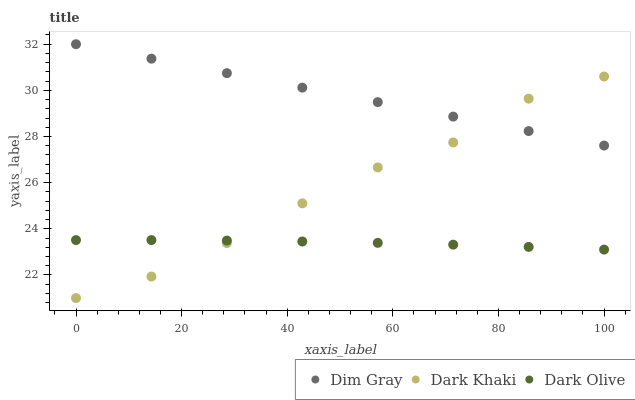
| xaxis_label | Dim Gray | Dark Khaki | Dark Olive |
 | --- | --- | --- | --- |
 | 0 | 32 | 21 | 23.5 |
 | 14.3 | 31.4 | 21.9 | 23.5 |
 | 28.6 | 30.7 | 23.4 | 23.5 |
 | 42.9 | 30.1 | 25.1 | 23.5 |
 | 57.1 | 29.5 | 26.7 | 23.4 |
 | 71.4 | 28.9 | 27.7 | 23.3 |
 | 85.7 | 28.2 | 29.6 | 23.2 |
 | 100 | 27.6 | 30.6 | 23.1 |